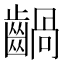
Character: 𪙃